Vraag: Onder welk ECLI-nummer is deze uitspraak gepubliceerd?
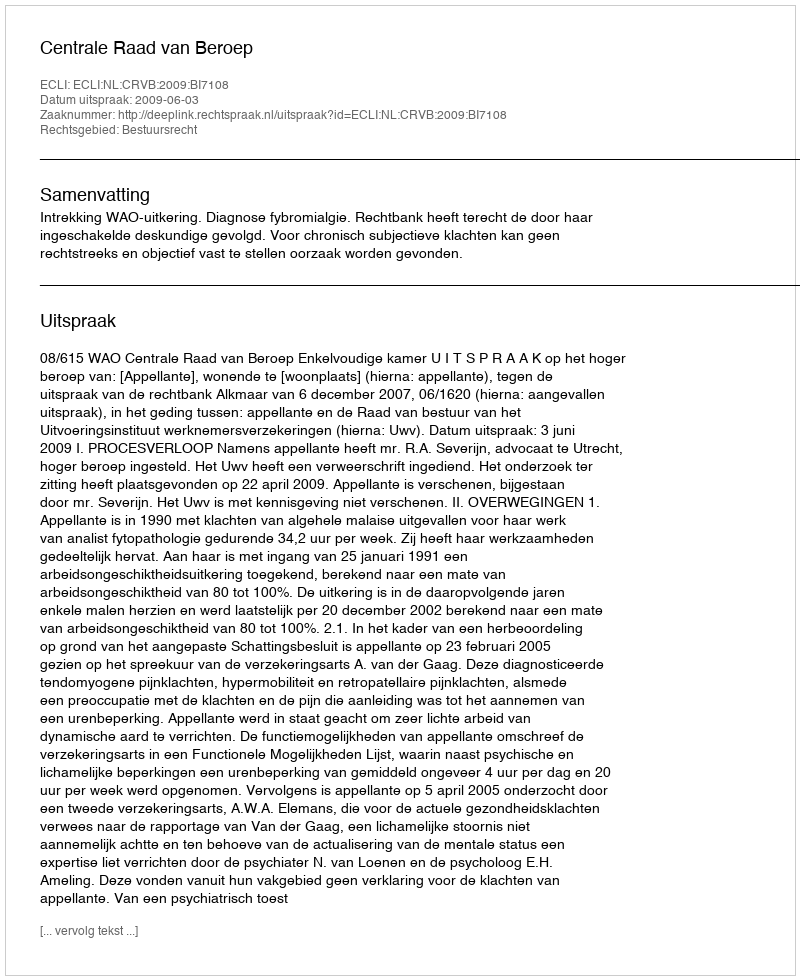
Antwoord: ECLI:NL:CRVB:2009:BI7108